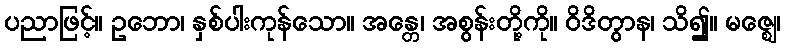
ပညာဖြင့်။ ဥဘော၊ နှစ်ပါးကုန်သော။ အန္တေ၊ အစွန်းတို့ကို။ ဝိဒိတွာန၊ သိ၍။ မဇ္ဈေ၊